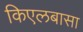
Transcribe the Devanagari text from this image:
किएलबासा